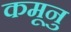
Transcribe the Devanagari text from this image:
कमूनु